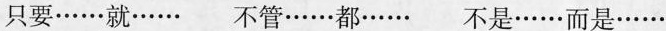
只要……就…… 不管……都…… 不是……而是……